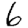
Digit: 6